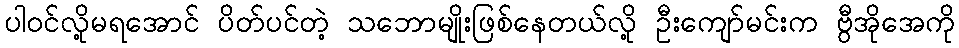
ပါဝင်လို့မရအောင် ပိတ်ပင်တဲ့ သဘောမျိုးဖြစ်နေတယ်လို့ ဦးကျော်မင်းက ဗွီအိုအေကို